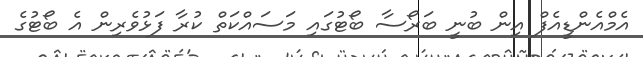
އެމްއެންޑީއެފް އިން ބުނީ ބަރޯސާ ބޯޓުގައި މަސައްކަތް ކުރާ ފަޅުވެރިން އެ ބޯޓުގެ